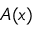
A ( x )